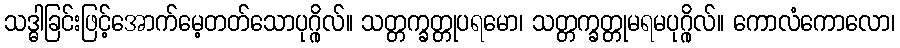
သဒ္ဓါခြင်းဖြင့်အောက်မေ့တတ်သောပုဂ္ဂိုလ်။ သတ္တက္ခတ္တုပရမော၊ သတ္တက္ခတ္တုမရမပုဂ္ဂိုလ်။ ကောလံကောလော၊